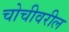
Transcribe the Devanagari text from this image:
चोचीवरील